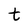
Character: t